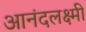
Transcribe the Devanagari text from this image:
आनंदलक्ष्मी